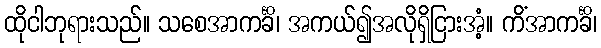
ထိုငါဘုရားသည်။ သစေအာကင်္ခိ၊ အကယ်၍အလိုရှိငြားအံ့။ ကိံအာကင်္ခိ၊